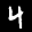
Label: 4